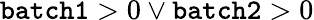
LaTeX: \mathtt{batch1}>0\lor\mathtt{batch2}>0